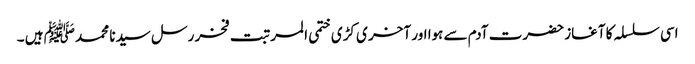
اسی سلسلہ کا آغاز حضرت آدم سے ہوا اور آخر ی کڑی ختمی المرتبت فخر رسل سیدنا محمد ﷺ ہیں ۔